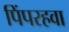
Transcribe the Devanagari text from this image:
पिंपरहवा